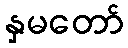
နှမတော်